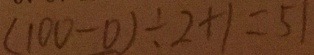
( 1 0 0 - 0 ) \div 2 + 1 = 5 1